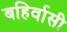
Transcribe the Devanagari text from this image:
बहिर्वासी